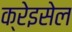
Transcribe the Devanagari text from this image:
क्रेइसेल